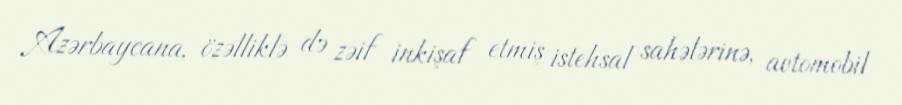
Azərbaycana, özəlliklə də zəif inkişaf etmiş istehsal sahələrinə, avtomobil